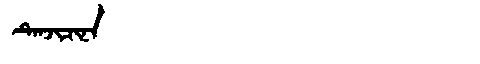
Manchu: ᡨᡝᠨᠵᡳᠴᡳᠨᠠ
Romanization: TENJICINA